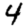
Digit: 4